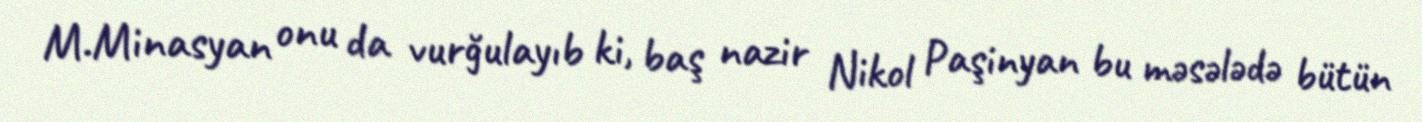
M.Minasyan onu da vurğulayıb ki, baş nazir Nikol Paşinyan bu məsələdə bütün